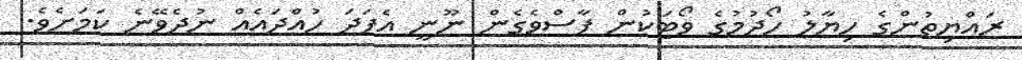
ރައްޔިތުންގެ ހިޔާލު ހޯދުމުގެ ވޯޓަކުން ފާސްވެގެން ނޫނީ އެފަދަ ހުއްދައެއް ނުދެވޭނެ ކަމަށެވެ.